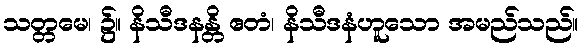
သတ္တမေ၊ ၌။ နိသီဒနန္တိ ဧတံ၊ နိသီဒနံဟူသော အမည်သည်။